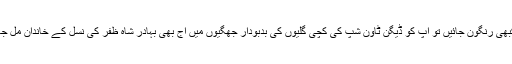
آپ اگر کبھی رنگون جائیں تو آپ کو ڈیگن ٹاؤن شِپ کی کچّی گلیوں کی بَدبْودار جْھگّیوں میں آج بھی بہادر شاہ ظفر کی نسل کے خاندان مل جائیں گے۔